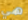
هي